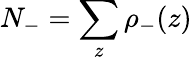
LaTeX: N_{-}=\sum_{z}\rho_{-}(z)